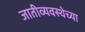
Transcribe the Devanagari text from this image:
जातीव्यवस्थेच्या